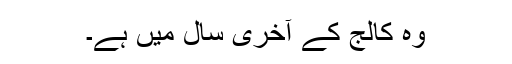
وہ کالج کے آخری سال میں ہے۔